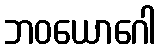
ဘဝယောဂေါ